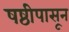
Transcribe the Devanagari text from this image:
षष्ठीपासून